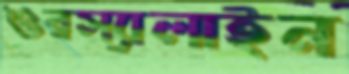
ওরস্যালাইন